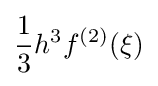
{\frac {1}{3}}h^{3}f^{(2)}(\xi )